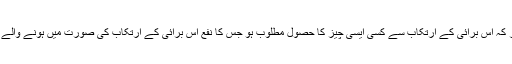
اور دوسرا اس مقام پر کہ اس برائی کے ارتکاب سے کسی ایسی چیز کا حصول مطلوب ہو جس کا نفع اس برائی کے ارتکاب کی صورت میں ہونے والے نقصان سے زیادہ ہو۔